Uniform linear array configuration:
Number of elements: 32
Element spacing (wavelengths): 0.25
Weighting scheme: cosine
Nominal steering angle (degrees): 15
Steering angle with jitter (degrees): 13.434
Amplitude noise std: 0.05
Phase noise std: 0.05

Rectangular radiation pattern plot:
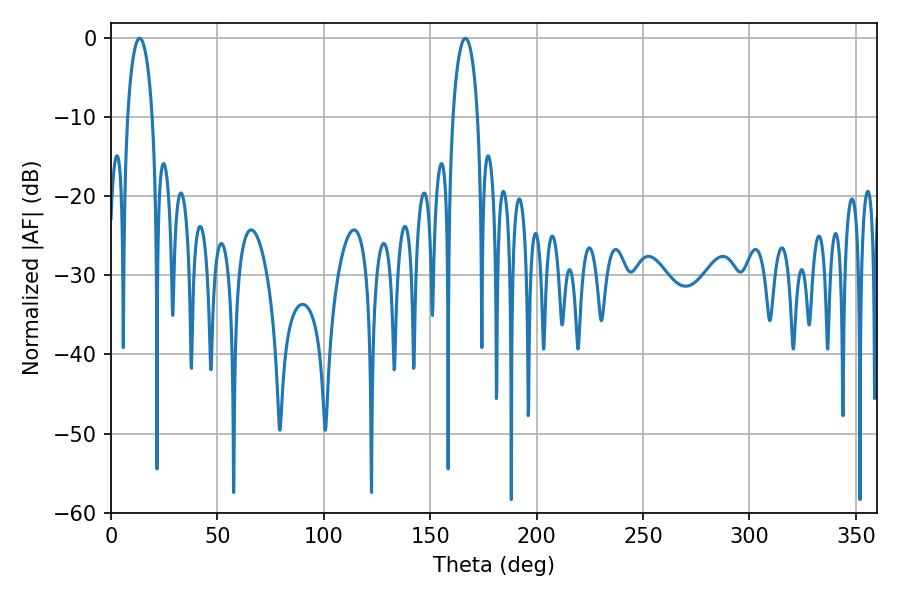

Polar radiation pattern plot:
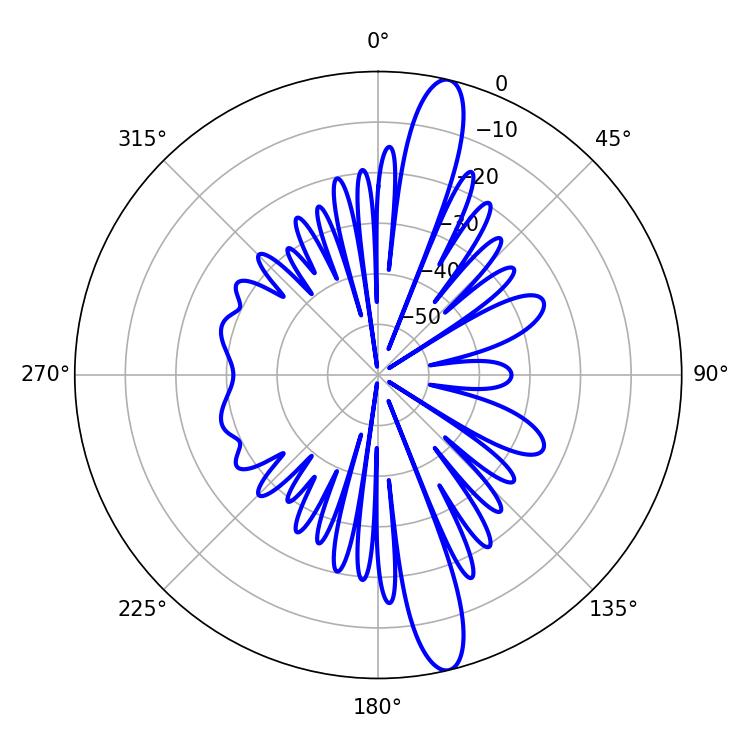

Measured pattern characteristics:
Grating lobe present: FALSE
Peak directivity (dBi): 15.317
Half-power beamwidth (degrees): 6.66
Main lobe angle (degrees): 13.5